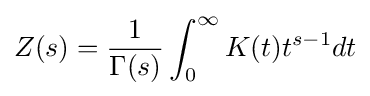
Z(s)={\frac {1}{\Gamma (s)}}\int _{0}^{\infty }K(t)t^{s-1}dt